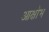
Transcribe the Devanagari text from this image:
आक्षोभ